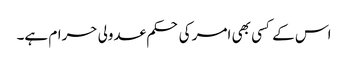
اس کے کسی بھی امر کی حکم عدولی حرام ہے۔